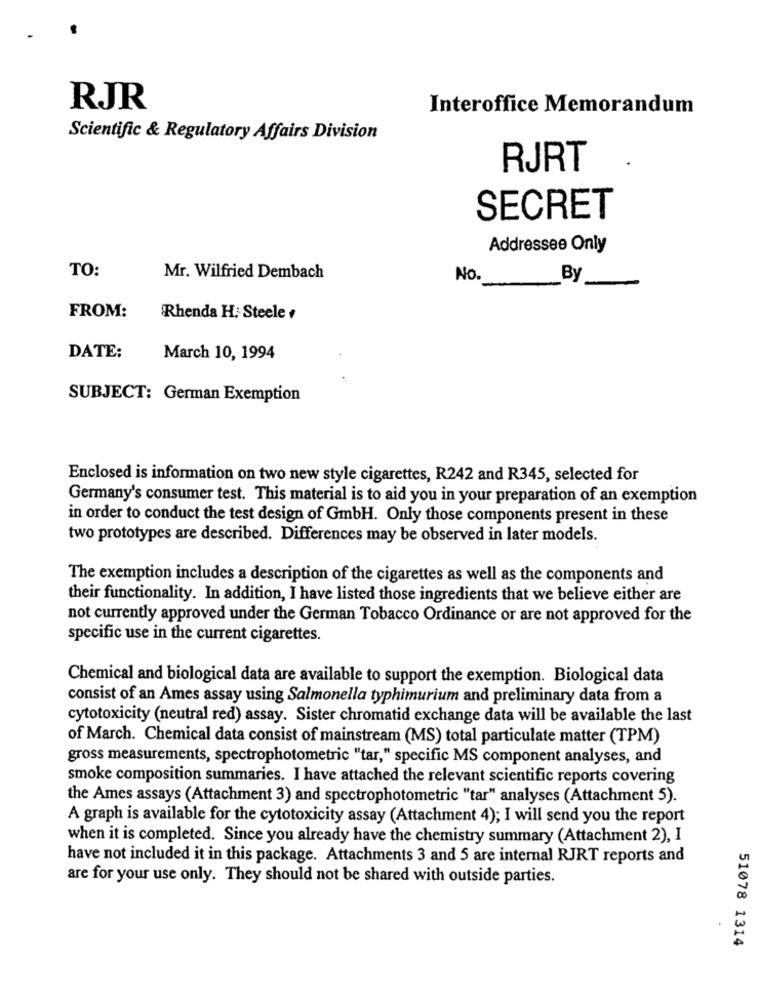
RJR
Interoffice Memorandum
Scientific & Regulatory Affairs Division
RJRT
SECRET
Addressee Only
TO:
Mr. Wilfried Dembach
No.
By
FROM:
Rhenda H. Steele .
DATE:
March 10, 1994
SUBJECT: German Exemption
Enclosed is information on two new style cigarettes, R242 and R345, selected for
Germany's consumer test. This material is to aid you in your preparation of an exemption
in order to conduct the test design of GmbH. Only those components present in these
two prototypes are described. Differences may be observed in later models.
The exemption includes a description of the cigarettes as well as the components and
their functionality. In addition, I have listed those ingredients that we believe either are
not currently approved under the German Tobacco Ordinance or are not approved for the
specific use in the current cigarettes.
Chemical and biological data are available to support the exemption. Biological data
consist of an Ames assay using Salmonella typhimurium and preliminary data from a
cytotoxicity (neutral red) assay. Sister chromatid exchange data will be available the last
of March. Chemical data consist of mainstream (MS) total particulate matter (TPM)
gross measurements, spectrophotometric "tar," specific MS component analyses, and
smoke composition summaries. I have attached the relevant scientific reports covering
the Ames assays (Attachment 3) and spectrophotometric "'tar" analyses (Attachment 5).
A graph is available for the cytotoxicity assay (Attachment 4); I will send you the report
when it is completed. Since you already have the chemistry summary (Attachment 2), I
have not included it in this package. Attachments 3 and 5 are internal RJRT reports and
are for your use only. They should not be shared with outside parties.
51078 1314